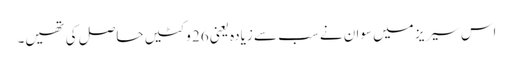
اس سیریز میں سوان نے سب سے زیادہ یعنی 26 وکٹیں حاصل کی تھیں۔